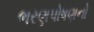
ભરણપોષણનો